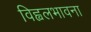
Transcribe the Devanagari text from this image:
विह्वलभावना